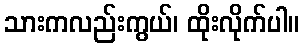
သားကလည်းကွယ်၊ ထိုးလိုက်ပါ။